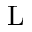
\mathrm { L }